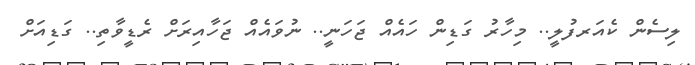
ލިސެން ކެއަރފުލީ.. މިހާރު ގަޑިން ހައެއް ޖަހަނީ.. ނުވައެއް ޖަހާއިރަށް ރެޑީވާތި.. ގަޑިއަށް